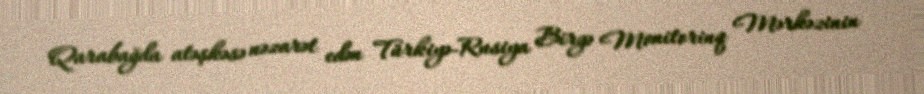
Qarabağda atəşkəsə nəzarət edən Türkiyə-Rusiya Birgə Monitorinq Mərkəzinin